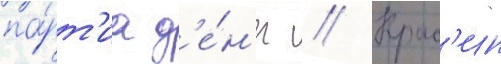
па́рт'иа д'е́н'ег // Крас'ин